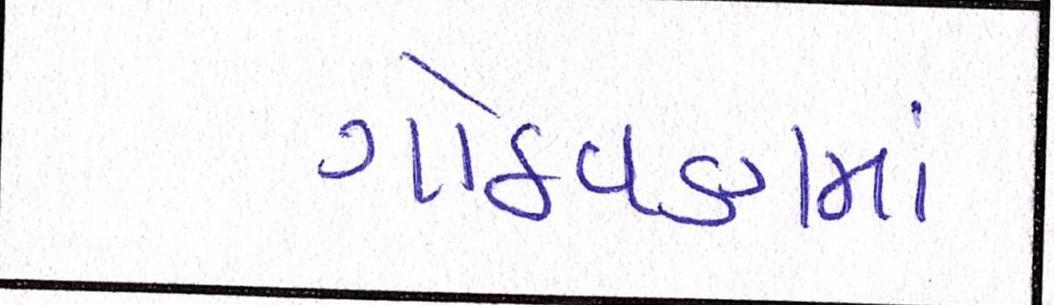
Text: ગોઠવણમાં